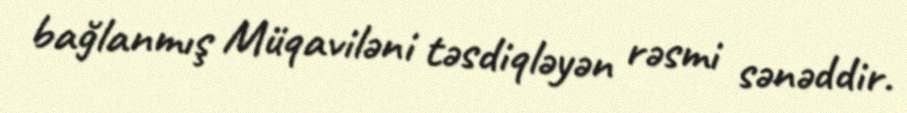
bağlanmış Müqaviləni təsdiqləyən rəsmi sənəddir.